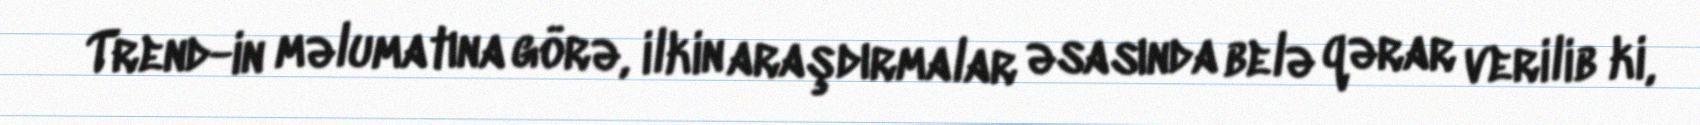
Trend-in məlumatına görə, ilkin araşdırmalar əsasında belə qərar verilib ki,